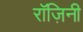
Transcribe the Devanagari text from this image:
रॉज़िनी